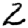
Digit: 2